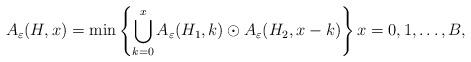
LaTeX: \begin{align*}A_{\varepsilon}(H,x) = \min \left\{\bigcup_{k=0}^x A_{\varepsilon}(H_1,k) \odot A_{\varepsilon}(H_2,x-k)\right\} x = 0,1,\ldots,B,\end{align*}